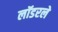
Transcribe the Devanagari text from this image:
लॉडरले